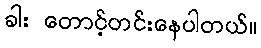
ခါး တောင့်တင်းနေပါတယ်။